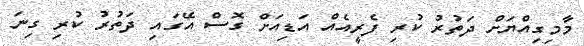
މާމިގިއްޔަށް ދަތުރު ކުރި ފެރީއެއް އަޑިއަށް ގޮސް އޭގައި ދަތުރު ކުރި ގިނަ